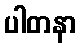
ပါတနာ